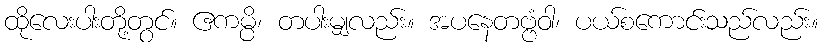
ထိုလေးပါးတို့တွင်။ ဧကမ္ပိ၊ တပါးမျှလည်း။ အပနေတဗ္ဗံဝါ၊ ပယ်စကောင်းသည်လည်း။